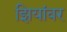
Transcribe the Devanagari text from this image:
झियांवर